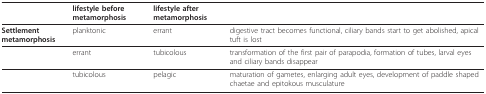
<table><thead><tr><td>[EMPTY_CELL]</td><td><b>lifestyle before metamorphosis</b></td><td><b>lifestyle after metamorphosis</b></td><td>[EMPTY_CELL]</td></tr></thead><tbody><tr><td><b>Settlement metamorphosis</b></td><td>planktonic</td><td>errant</td><td>digestive tract becomes functional, ciliary bands start to get abolished, apical tuft is lost</td></tr><tr><td>[EMPTY_CELL]</td><td>errant</td><td>tubicolous</td><td>transformation of the first pair of parapodia, formation of tubes, larval eyes and ciliary bands disappear</td></tr><tr><td>[EMPTY_CELL]</td><td>tubicolous</td><td>pelagic</td><td>maturation of gametes, enlarging adult eyes, development of paddle shaped chaetae and epitokous musculature</td></tr></tbody></table>